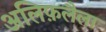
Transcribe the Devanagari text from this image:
अलिफ़लैला